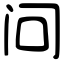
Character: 问